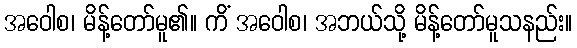
အဝေါစ၊ မိန့်တော်မူ၏။ ကိံ အဝေါစ၊ အဘယ်သို့ မိန့်တော်မူသနည်း။